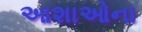
આશાઓના